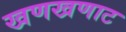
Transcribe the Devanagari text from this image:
खणखणाट